Civil Veterinary Dept. Bombay admin report 1893-99 - 1893-1899
Year: 1893
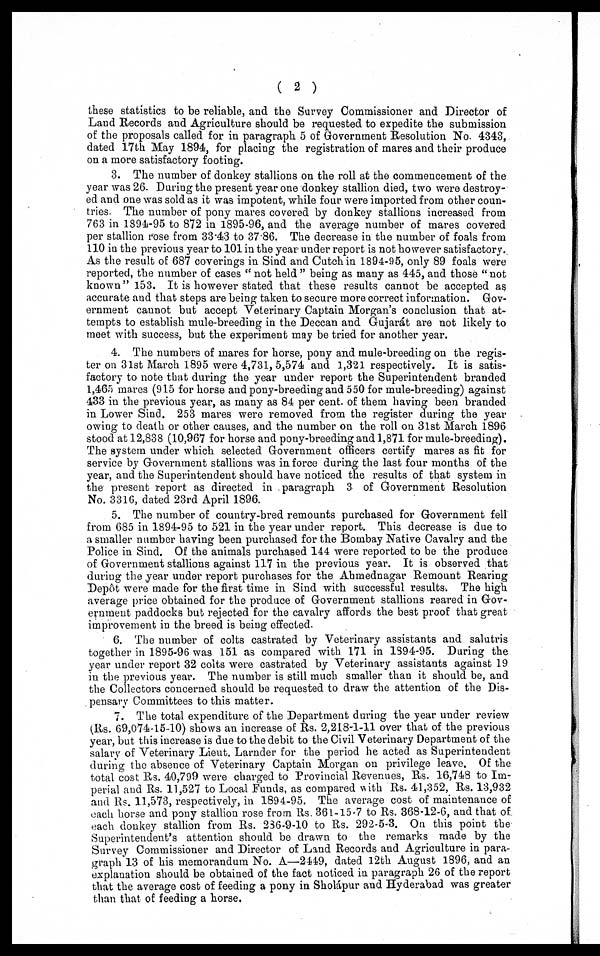
(2)
these statistics to be reliable, and the Survey Commissioner and Director of
Land Records and Agriculture should be requested to expedite the submission
of the proposals called for in paragraph 5 of Government Resolution No. 4343,
dated 17th May 1894, for placing the registration of mares and their produce
on a more satisfactory footing.
3. The number of donkey stallions on the roll at the commencement of the
year was 26. During the present year one donkey stallion died, two were destroy-
ed and one was sold as it was impotent, while four were imported from other coun-
tries. The number of pony mares covered by donkey stallions increased from
763 in 1894-95 to 872 in 1895-96, and the average number of mares covered
per stallion rose from 33.43 to 37.86. The decrease in the number of foals from
110 in the previous year to 101 in the year under report is not however satisfactory.
As the result of 687 coverings in Sind and Cutch in 1894-95, only 89 foals were
reported, the number of cases "not held" being as many as 445, and those "not
known" 153. It is however stated that these results cannot be accepted as
accurate and that steps are being taken to secure more correct information. Gov-
ernment cannot but accept Veterinary Captain Morgan's conclusion that at-
tempts to establish mule-breeding in the Deccan and Gujarát are not likely to
meet with success, but the experiment may be tried for another year.
4. The numbers of mares for horse, pony and mule-breeding on the regis-
ter on 31st March 1895 were 4,731, 5,574 and 1,321 respectively. It is satis-
factory to note that during the year under report the Superintendent branded
1,465 mares (915 for horse and pony-breeding and 550 for mule-breeding) against
433 in the previous year, as many as 84 per cent. of them having been branded
in Lower Sind. 253 mares were removed from the register during the year
owing to death or other causes, and the number on the roll on 3lst March 1896
stood at 12,838 (10,967 for horse and pony-breeding and 1,871 for mule-breeding).
The system under which selected Government officers certify mares as fit for
service by Government stallions was in force during the last four months of the
year, and the Superintendent should have noticed the results of that system in
the present report as directed in paragraph 3 of Government Resolution
No. 3316, dated 23rd April 1896.
5. The number of country-bred remounts purchased for Government fell
from 685 in 1894-95 to 521 in the year under report. This decrease is due to
a smaller number having been purchased for the Bombay Native Cavalry and the
Police in Sind. Of the animals purchased 144 were reported to be the produce
of Government stallions against 117 in the previous year. It is observed that
during the year under report purchases for the Ahmednagar Remount Rearing
Depôt were made for the first time in Sind with successful results. The high
average price obtained for the produce of Government stallions reared in Gov-
ernment paddocks but rejected for the cavalry affords the best proof that great
improvement in the breed is being effected.
6. The number of colts castrated by Veterinary assistants and salutris
together in 1895-96 was 151 as compared with 171 in 1894-95. During the
year under report 32 colts were castrated by Veterinary assistants against 19
in the previous year. The number is still much smaller than it should be, and
the Collectors concerned should be requested to draw the attention of the Dis-
pensary Committees to this matter.
7. The total expenditure of the Department during the year under review
(Rs. 69,074-15-10) shows an increase of Rs. 2,218-1-11 over that of the previous
year, but this increase is due to the debit to the Civil Veterinary Department of the
salary of Veterinary Lieut. Larnder for the period he acted as Superintendent
during the absence of Veterinary Captain Morgan on privilege leave. Of the
total cost Rs. 40,799 were charged to Provincial Revenues, Rs. 16,748 to Im-
perial and Rs. 11,527 to Local Funds, as compared with Rs. 41,352, Rs. 13,932
and Rs. 11,573, respectively, in 1894-95. The average cost of maintenance of
each horse and pony stallion rose from Rs. 361-15-7 to Rs. 368-12-6, and that of
each donkey stallion from Rs. 286-9-10 to Rs. 292-5-3. On this point the
Superintendent's attention should be drawn to the remarks made by the
Survey Commissioner and Director of Land Records and Agriculture in para-
graph 13 of his memorandum No. A—2449, dated 12th August 1896, and an
explanation should be obtained of the fact noticed in paragraph 26 of the report
that the average cost of feeding a pony in Sholápur and Hyderabad was greater
than that of feeding a horse.